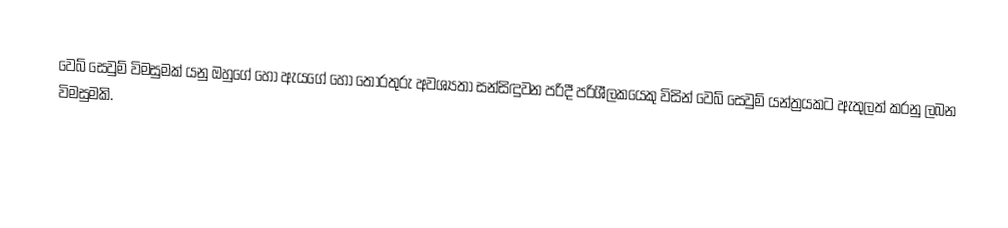
වෙබ් සෙවුම් විමසුමක් යනු ඔහුගේ හෝ ඇයගේ හෝ තොරතුරු අවශ්‍යතා සන්සිඳුවන පරිදී පරිශීලකයෙකු විසින්  වෙබ් සෙවුම් යන්ත්‍රයකට ඇතුලත් කරනු ලබන විමසුමකි.